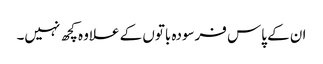
ان کے پاس فرسودہ باتوں کے علاوہ کچھ نہیں۔